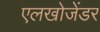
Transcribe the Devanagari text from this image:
एलखोजेंडर